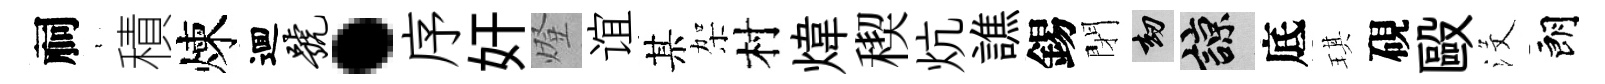
祠裊積煉逥号·序奸燈谊某架村煒稧炕譙錫閉劫諒底琪硯毆沒朗